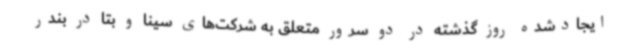
ایجادشده روز گذشته در دو سرور متعلق به شرکت‌های سینا و بتا در بندر